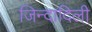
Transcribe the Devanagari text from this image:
जिन्दादिली